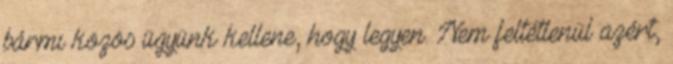
bármi közös ügyünk kellene, hogy legyen. Nem feltétlenül azért,